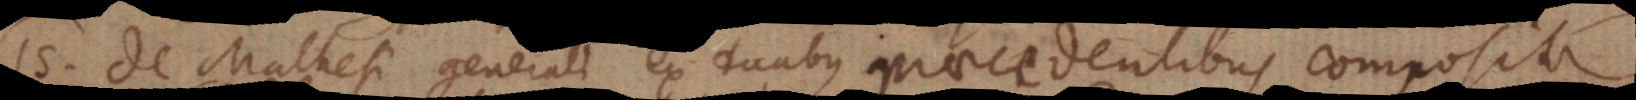
15) De Mathesi generali ex duabus praecedentibus composita.